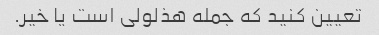
تعیین کنید که جمله هذلولی است یا خیر.